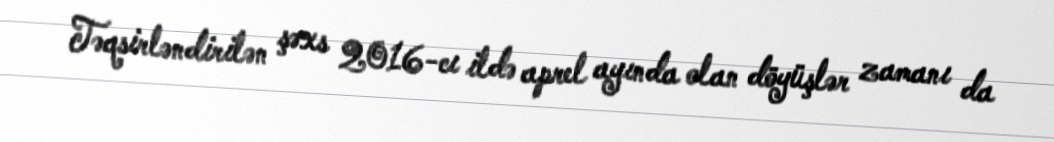
Təqsirləndirilən şəxs 2016-cı ildə aprel ayında olan döyüşlər zamanı da